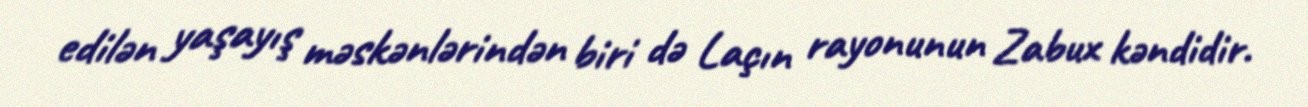
edilən yaşayış məskənlərindən biri də Laçın rayonunun Zabux kəndidir.